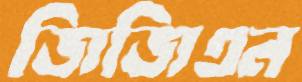
জিজিএন